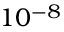
1 0 ^ { - 8 }